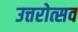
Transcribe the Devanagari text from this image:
उत्तरोत्सव